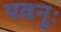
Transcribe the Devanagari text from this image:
पवनुः